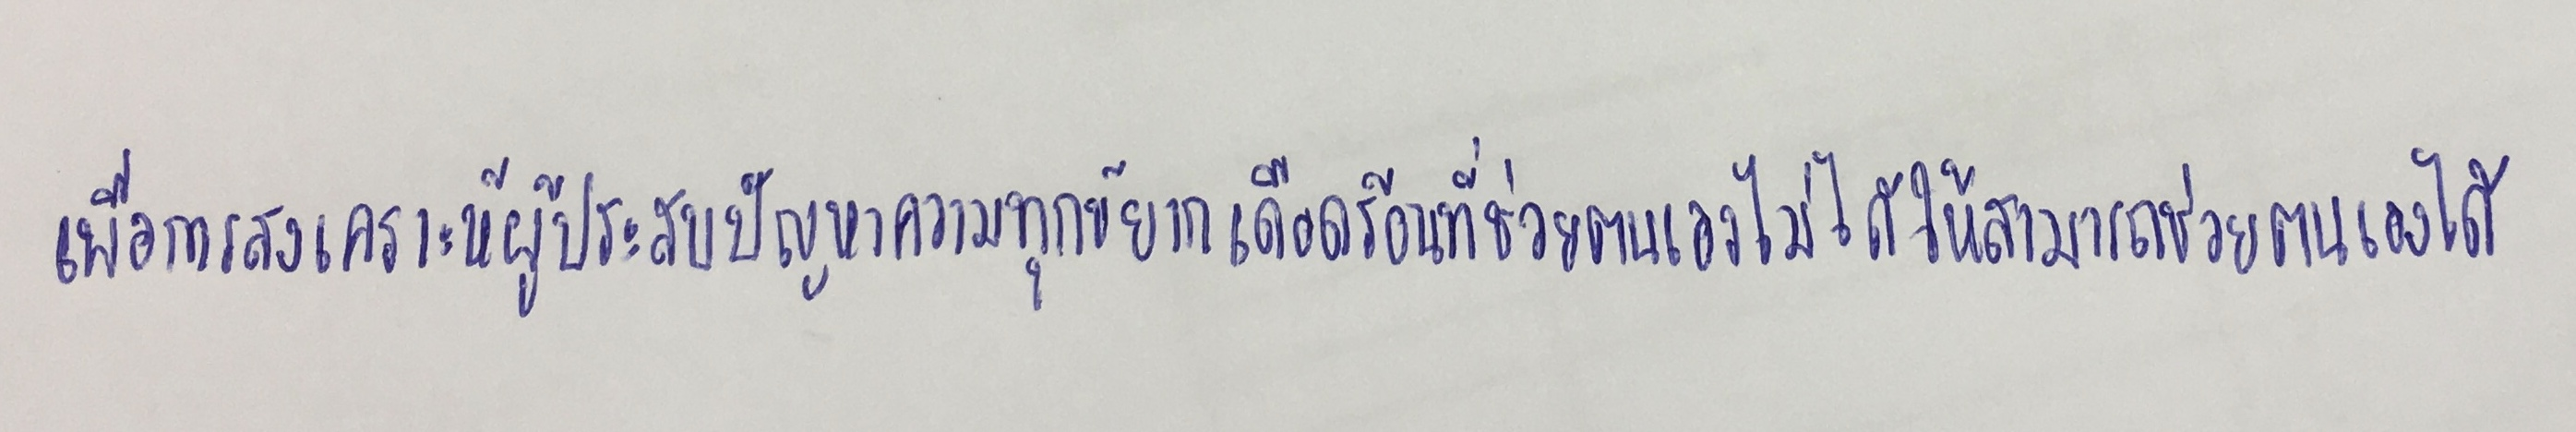
เพื่อการสงเคราะห์ผู้ประสบปัญหาความทุกข์ยากเดือดร้อนที่ช่วยตนเองไม่ได้ให้สามารถช่วยตนเองได้